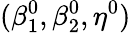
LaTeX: (\beta_{1}^{0},\beta_{2}^{0},\eta^{0})